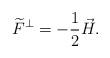
LaTeX: \begin{align*} \widetilde F^\perp = -\frac 12 \vec H.\end{align*}